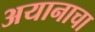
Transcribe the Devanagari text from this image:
अयानाचा